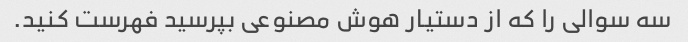
سه سوالی را که از دستیار هوش مصنوعی بپرسید فهرست کنید.